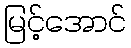
မြင့်အောင်